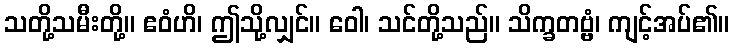
သတို့သမီးတို့။ ဧဝံဟိ၊ ဤသို့လျှင်။ ဝေါ၊ သင်တို့သည်။ သိက္ခတဗ္ဗံ၊ ကျင့်အပ်၏။